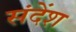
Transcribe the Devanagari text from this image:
संदेंश